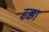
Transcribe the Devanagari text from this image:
ढक्का